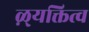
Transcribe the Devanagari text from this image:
ऴ्यक्तित्व